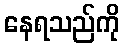
နေရသည်ကို